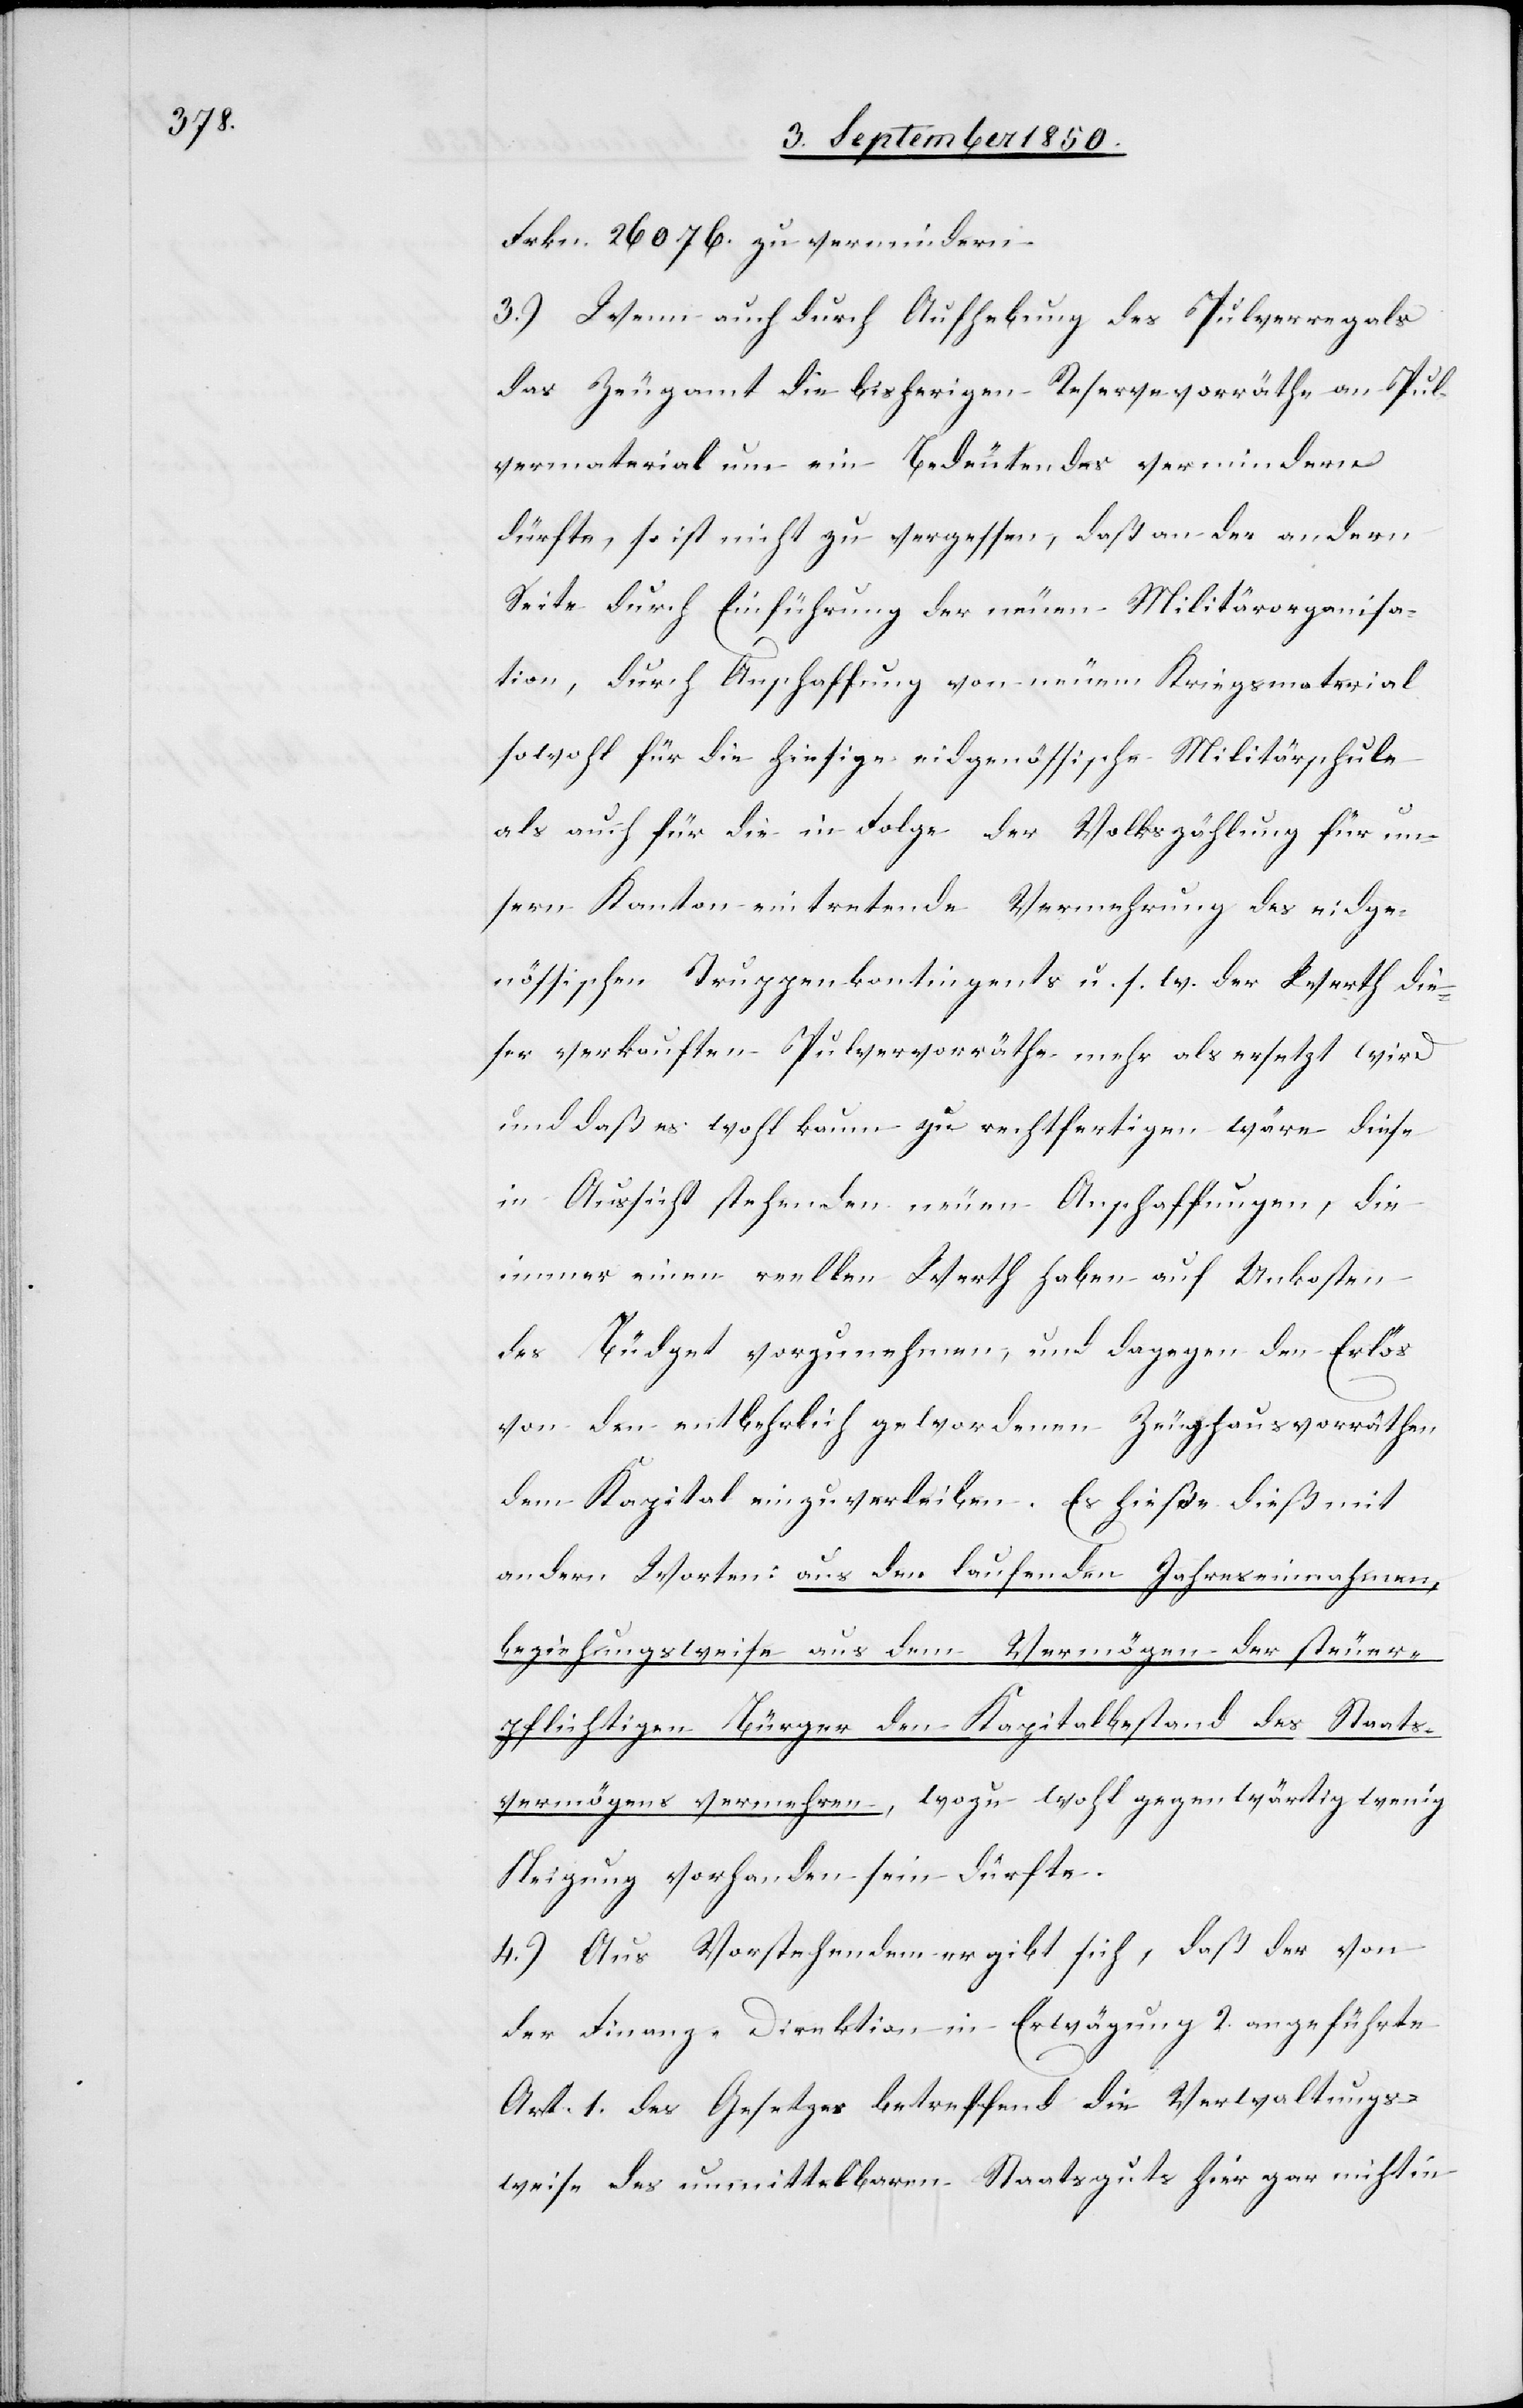
Frkn. 26 076. zu vermindern.
3.) Wenn auch durch Aufhebung des Pulverregals
das Zeugamt die bisherigen Reservevorräthe an Pul¬
vermaterial um ein Bedeutendes vermindern
dürfte, so ist nicht zu vergessen, daß an der andern
Seite durch Einführung der neuen Militärorganisa¬
tion, durch Anschaffung von neuem Kriegsmaterial
sowohl für die hiesige eidgenössische Militärschule
als auch für die in Folge der Volkszählung für un¬
sern Kanton eintretende Vermehrung des eidge¬
nössischen Truppenkontigents u. s. w. der Werth die¬
ser verkauften Pulvervorräthe mehr als ersetzt wird
und daß es wohl kaum zu rechtfertigen wäre diese
in Aussicht stehenden neuen Anschaffungen, die
immer einen reellen Werth haben auf Unkosten
des Büdget vorzunehmen, und dagegen den Erlös
von den entbehrlich gewordenen Zeughausvorräthen
dem Kapital einzuverleiben. Es hieße dieß mit
andern Worten: aus den laufenden Jahreseinnahmen,
beziehungsweise aus dem Vermögen der steuer¬
pflichtigen Bürger den Kapitalbestand des Staats¬
vermögens vermehren, wozu wohl gegenwärtig wenig
Neigung vorhanden sein dürfte.
4.) Aus Vorstehendem ergibt sich, daß der von
der Finanz-Direktion in Erwägung 2. angeführte
Art. 1. des Gesetzes betreffend die Verwaltungs¬
weise des unmittelbaren Staatsguts hier gar nicht in